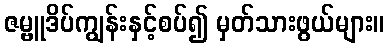
ဇမ္ဗူဒိပ်ကျွန်းနှင့်စပ်၍ မှတ်သားဖွယ်များ။